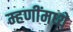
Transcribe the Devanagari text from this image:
म्हणींमध्ये